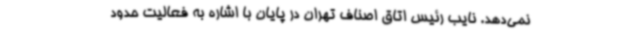
نمی‌دهد. نایب رئیس اتاق اصناف تهران در پایان با اشاره به فعالیت حدود